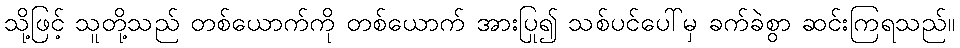
သို့ဖြင့် သူတို့သည် တစ်ယောက်ကို တစ်ယောက် အားပြု၍ သစ်ပင်ပေါ်မှ ခက်ခဲစွာ ဆင်းကြရသည်။